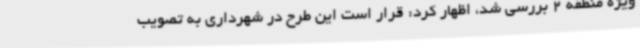
ویژه منطقه 2 بررسی شد، اظهار کرد: قرار است این طرح در شهرداری به تصویب